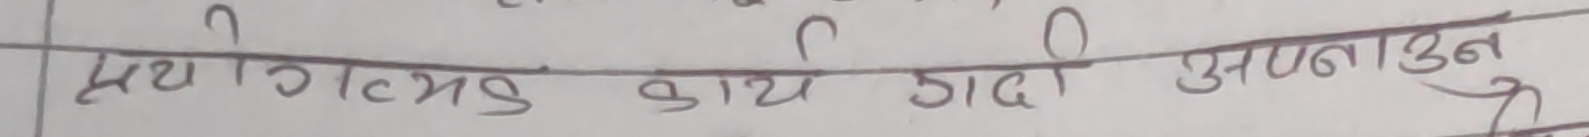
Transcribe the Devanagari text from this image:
प्रयोगहरु साथ दाबी उत्पादन